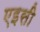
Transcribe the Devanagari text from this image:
एइसी